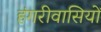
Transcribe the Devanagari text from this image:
हंगरीवासियों